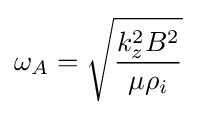
\omega _{A}={\sqrt {\frac {k_{z}^{2}B^{2}}{\mu \rho _{i}}}}